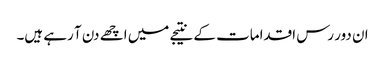
ان دور رس اقدامات کے نتیجے میں اچھے دن آ رہے ہیں۔